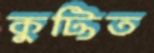
কুট্টিত